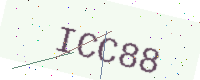
Text: ICC88